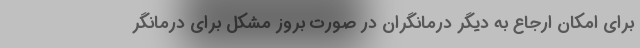
برای امکان ارجاع به دیگر درمانگران در صورت بروز مشکل برای درمانگر